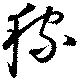
稼